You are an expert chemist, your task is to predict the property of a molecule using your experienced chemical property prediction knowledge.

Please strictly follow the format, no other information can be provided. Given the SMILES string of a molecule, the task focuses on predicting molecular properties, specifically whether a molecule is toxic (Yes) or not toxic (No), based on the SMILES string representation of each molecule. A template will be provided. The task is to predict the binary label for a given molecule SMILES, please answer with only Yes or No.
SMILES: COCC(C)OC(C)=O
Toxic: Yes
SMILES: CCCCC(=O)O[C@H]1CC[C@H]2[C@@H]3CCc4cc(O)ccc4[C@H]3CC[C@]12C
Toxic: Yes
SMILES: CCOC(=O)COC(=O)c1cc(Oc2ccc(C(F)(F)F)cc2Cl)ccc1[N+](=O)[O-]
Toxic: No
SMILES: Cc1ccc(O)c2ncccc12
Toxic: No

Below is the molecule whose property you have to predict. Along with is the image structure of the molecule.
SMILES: O=S1(=O)CCCO1
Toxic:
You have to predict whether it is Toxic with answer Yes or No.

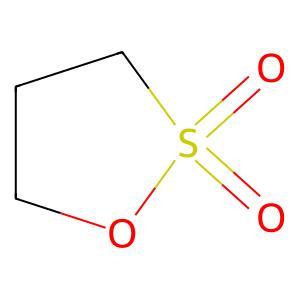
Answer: No